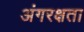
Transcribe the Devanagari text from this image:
अंगरक्षता